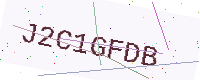
Text: J2C1GFDB